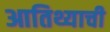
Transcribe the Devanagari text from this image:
आतिथ्याची